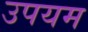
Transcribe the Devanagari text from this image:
उपयम